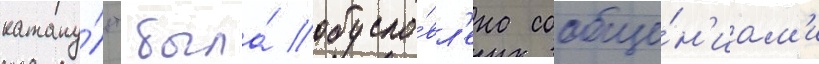
катапу́льт была́ обусло́вл'ена сообще́н'иам'и